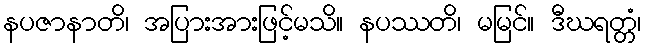
နပဇာနာတိ၊ အပြားအားဖြင့်မသိ။ နပဿတိ၊ မမြင်။ ဒီဃရတ္တံ၊